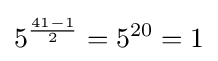
5^{\frac {41-1}{2}}=5^{20}=1